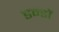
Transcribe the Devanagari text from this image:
डन्डों